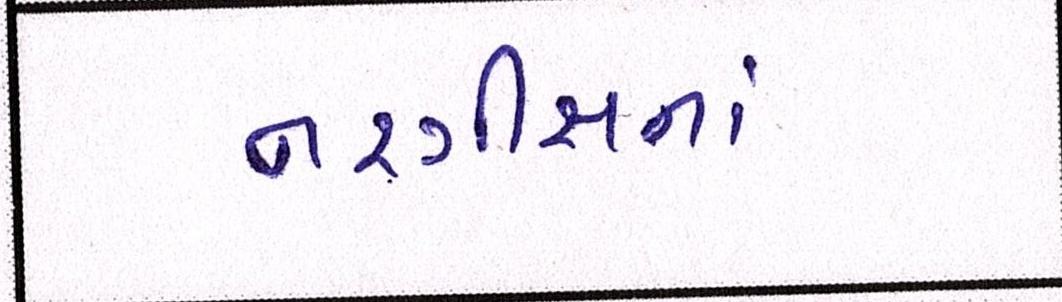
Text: નરગીસનાં